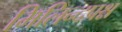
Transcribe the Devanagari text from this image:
मिलिन्दप्रश्न